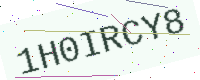
Text: 1H0IRCY8